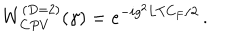
W _ { C P V } ^ { ( D = 2 ) } ( \gamma ) = e ^ { - i g ^ { 2 } L T C _ { F } / 2 } \, .